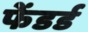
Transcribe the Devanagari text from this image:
फेंडर्ड